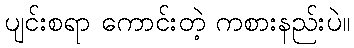
ပျင်းစရာ ကောင်းတဲ့ ကစားနည်းပဲ။